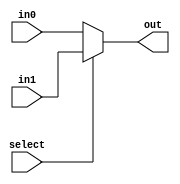
module mux_230bit(out, select, in0, in1);
    input select;
    input[30:0] in0, in1;
    output[30:0] out;
    assign out = select ? in1 : in0;
endmodule